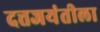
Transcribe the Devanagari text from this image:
दत्तजयंतीला